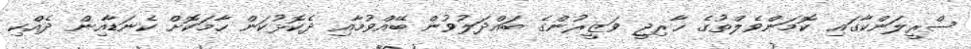
ސްރީލަންކާގައި ކޮމަންވެލްތުގެ ޚާރިޖީ ވަޒީރުންގެ ބައްދަލުވުން ބޭއްވުމާއި ދެކޮޅުކަން ހާމަކޮށް ކެނަޑާއިން ދެއްކި